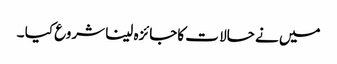
میں نے حالا ت کاجائزہ لینا شروع کیا ۔